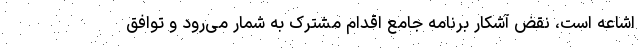
اشاعه است، نقض آشکار برنامه جامع اقدام مشترک به شمار می‌رود و توافق